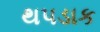
થપડાક